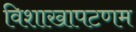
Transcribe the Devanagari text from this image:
विशाखापटणम